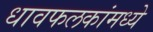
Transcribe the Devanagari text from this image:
धावफलकांमध्ये